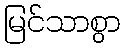
မြင်သာစွာ